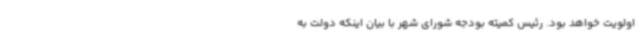
اولویت خواهد بود. رئیس کمیته بودجه شورای شهر با بیان اینکه دولت به